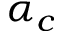
\alpha _ { c }